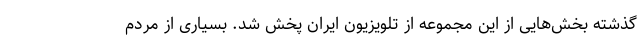
گذشته بخش‌هایی از این مجموعه از تلویزیون ایران پخش شد. بسیاری از مردم